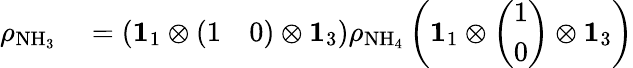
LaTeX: \begin{array}{rl}{\rho_{\mathrm{NH_{3}}}}&{{}=\left(\mathbf{1}_{1}\otimes\left(\begin{array}{ll}{1}&{0}\end{array}\right)\otimes\mathbf{1}_{3}\right)\rho_{\mathrm{NH_{4}}}\left(\mathbf{1}_{1}\otimes\left(\begin{array}{l}{1}\\ {0}\end{array}\right)\otimes\mathbf{1}_{3}\right)}\end{array}